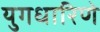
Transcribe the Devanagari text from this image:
युगधारिणे